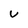
Character: u